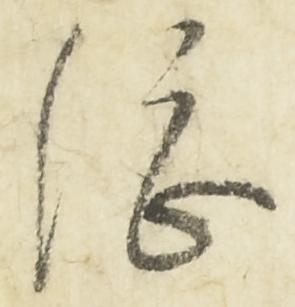
総